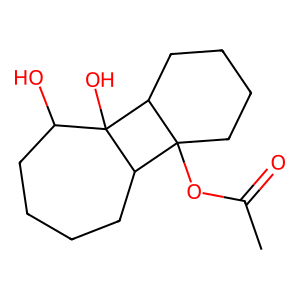
SMILES: CC(=O)OC12CCCCC1C1(O)C(O)CCCCC21
Inhibits HIV replication: No